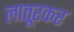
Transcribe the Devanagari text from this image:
लातूरकर